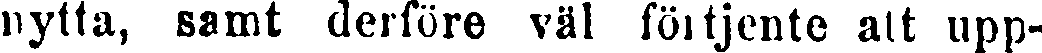
nytta, samt derföre väl förtjente att upp-